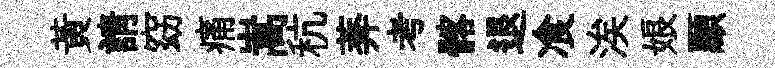
黄請窈痛嵩秔莾考髂退飡涘娘顯